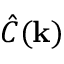
{ \hat { C } } ( \mathbf { k } )